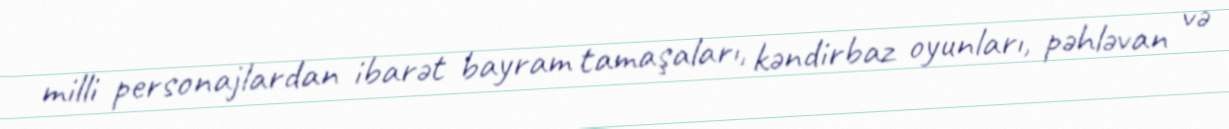
milli personajlardan ibarət bayram tamaşaları, kəndirbaz oyunları, pəhləvan və